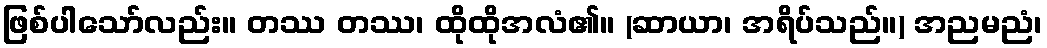
ဖြစ်ပါသော်လည်း။ တဿ တဿ၊ ထိုထိုအလံ၏။ (ဆာယာ၊ အရိပ်သည်။) အညမညံ၊